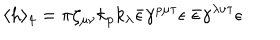
\langle h \rangle _ { 4 } = \pi \zeta _ { \mu \nu } k _ { \rho } k _ { \lambda } \bar { \epsilon } \gamma ^ { \rho \mu \tau } \epsilon \; \bar { \epsilon } \gamma ^ { \lambda \nu \tau } \epsilon